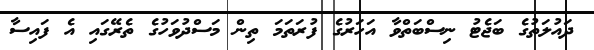
ދައުލަތުގެ ބަޖެޓު ނިސްބަތްވާ އަހަރުގެ ފުރަތަމަ ތިން މަސްދުވަހުގެ ތެރޭގައި އެ ފައިސާ